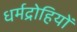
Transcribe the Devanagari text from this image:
धर्मद्रोहियों